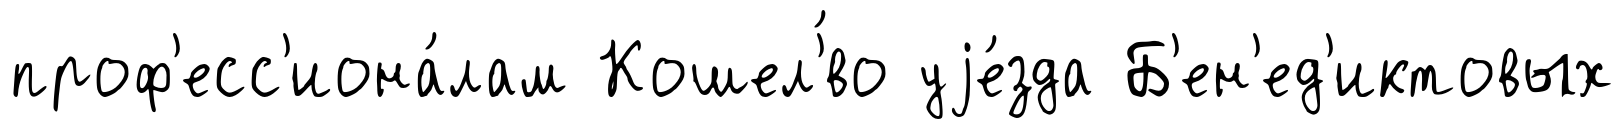
проф'есс'иона́лам Кошел'́во уjе́зда Б'ен'ед'иктовых